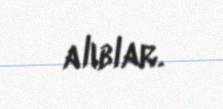
alıblar.